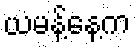
ယမန့်နေ့က